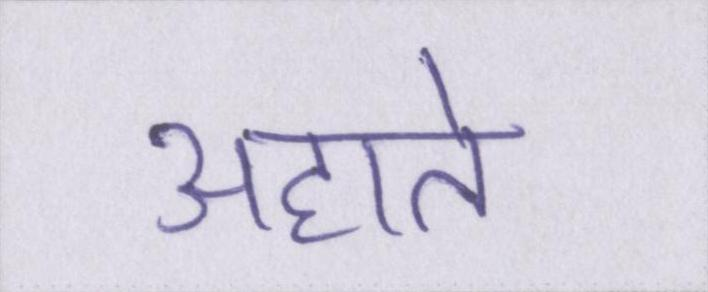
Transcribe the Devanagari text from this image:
अहाते